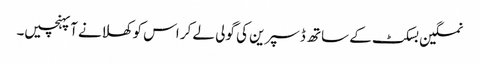
نمکین بسکٹ کے ساتھ ڈسپرین کی گولی لے کر اس کو کھلانے آپہنچیں۔